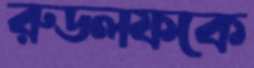
রুডলফকে